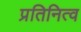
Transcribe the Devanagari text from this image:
प्रतिनित्व